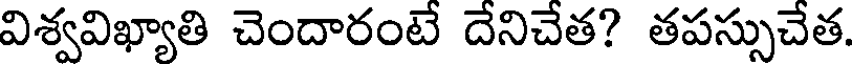
విశ్వవిఖ్యాతి చెందారంటే దేనిచేత? తపస్సుచేత.